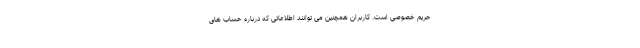
حریم خصوصی است. کاربران همچنین می توانند اطلاعاتی که درباره حساب های